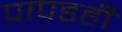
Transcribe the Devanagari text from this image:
पापडही